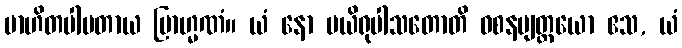
ဗာဟိတပါပတာယ ဗြာဟ္မဏံ။ ယံ နော ပယိရုပါသတောတိ ဝစနဗျတ္တယော ဧသ, ယံ